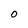
Character: r